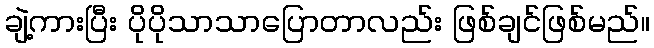
ချဲ့ကားပြီး ပိုပိုသာသာပြောတာလည်း ဖြစ်ချင်ဖြစ်မည်။